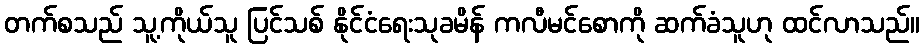
တက်စသည် သူ့ကိုယ်သူ ပြင်သစ် နိုင်ငံရေးသုခမိန် ကလီမင်စောကို ဆက်ခံသူဟု ထင်လာသည်။